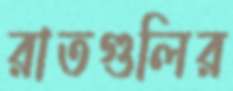
রাতগুলির